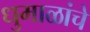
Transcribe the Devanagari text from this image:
धुमाळांचे